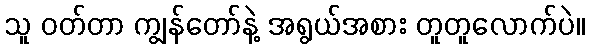
သူ ဝတ်တာ ကျွန်တော်နဲ့ အရွယ်အစား တူတူလောက်ပဲ။